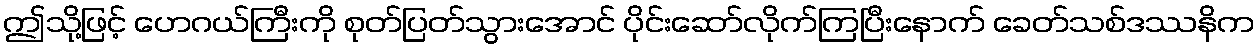
ဤသို့ဖြင့် ဟေဂယ်ကြီးကို စုတ်ပြတ်သွားအောင် ပိုင်းဆော်လိုက်ကြပြီးနောက် ခေတ်သစ်ဒဿနိက